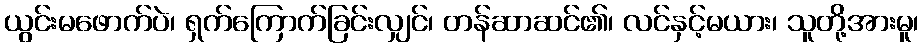
ယွင်းမဖောက်ပဲ၊ ရှက်ကြောက်ခြင်းလျှင်၊ တန်ဆာဆင်၏၊ လင်နှင့်မယား၊ သူတို့အားမူ၊